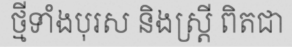
ថ្មីទាំងបុរស និងស្ត្រី ពិតជា